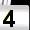
Digit: 4